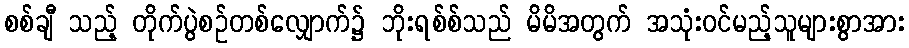
စစ်ချီ သည့် တိုက်ပွဲစဉ်တစ်လျှောက်၌ ဘိုးရစ်စ်သည် မိမိအတွက် အသုံးဝင်မည့်သူများစွာအား